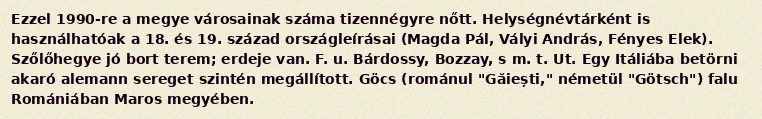
Ezzel 1990-re a megye városainak száma tizennégyre nőtt. Helységnévtárként is használhatóak a 18. és 19. század országleírásai (Magda Pál, Vályi András, Fényes Elek). Szőlőhegye jó bort terem; erdeje van. F. u. Bárdossy, Bozzay, s m. t. Ut. Egy Itáliába betörni akaró alemann sereget szintén megállított. Göcs (románul "Găiești," németül "Götsch") falu Romániában Maros megyében.